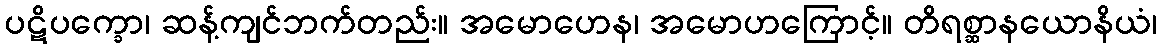
ပဋိပက္ခော၊ ဆန့်ကျင်ဘက်တည်း။ အမောဟေန၊ အမောဟကြောင့်။ တိရစ္ဆာနယောနိယံ၊